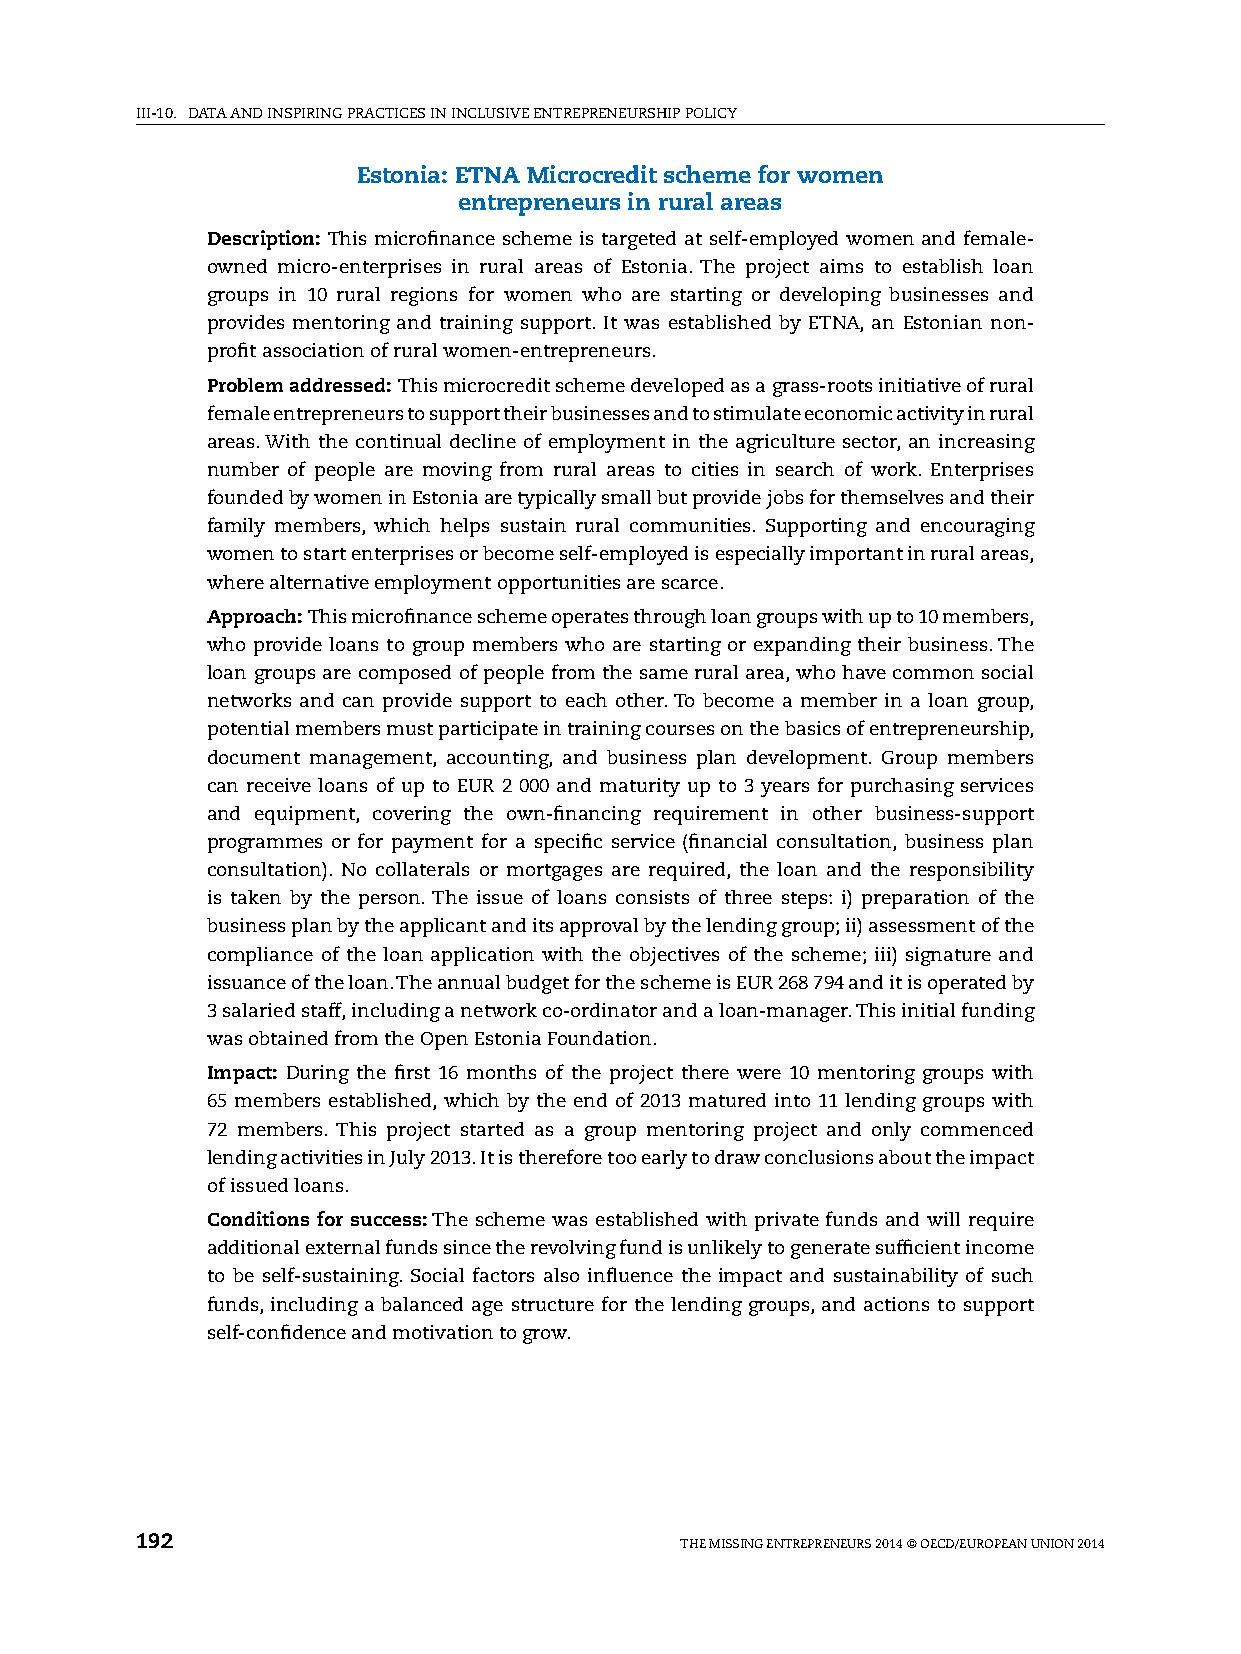
iii-10. DATA AnD inspiring prACTiCes in inClusive enTrepreneurship pOliCy
 Estonia: ETNA Microcredit scheme for women
 entrepreneurs in rural areas
 Description: This microfinance scheme is targeted at self-employed women and female-
 owned micro-enterprises in rural areas of estonia. The project aims to establish loan
 groups in 10 rural regions for women who are starting or developing businesses and
 provides mentoring and training support. it was established by eTnA, an estonian non-
 profit association of rural women-entrepreneurs.
 Problem addressed: This microcredit scheme developed as a grass-roots initiative of rural
 female entrepreneurs to support their businesses and to stimulate economic activity in rural
 areas. With the continual decline of employment in the agriculture sector, an increasing
 number of people are moving from rural areas to cities in search of work. enterprises
 founded by women in estonia are typically small but provide jobs for themselves and their
 family members, which helps sustain rural communities. supporting and encouraging
 women to start enterprises or become self-employed is especially important in rural areas,
 where alternative employment opportunities are scarce.
 Approach: This microfinance scheme operates through loan groups with up to 10 members,
 who provide loans to group members who are starting or expanding their business. The
 loan groups are composed of people from the same rural area, who have common social
 networks and can provide support to each other. To become a member in a loan group,
 potential members must participate in training courses on the basics of entrepreneurship,
 document management, accounting, and business plan development. group members
 can receive loans of up to eur 2 000 and maturity up to 3 years for purchasing services
 and equipment, covering the own-financing requirement in other business-support
 programmes or for payment for a specific service (financial consultation, business plan
 consultation). no collaterals or mortgages are required, the loan and the responsibility
 is taken by the person. The issue of loans consists of three steps: i) preparation of the
 business plan by the applicant and its approval by the lending group; ii) assessment of the
 compliance of the loan application with the objectives of the scheme; iii) signature and
 issuance of the loan. The annual budget for the scheme is eur 268 794 and it is operated by
 3 salaried staff, including a network co-ordinator and a loan-manager. This initial funding
 was obtained from the Open estonia Foundation.
 Impact: During the first 16 months of the project there were 10 mentoring groups with
 65 members established, which by the end of 2013 matured into 11 lending groups with
 72 members. This project started as a group mentoring project and only commenced
 lending activities in July 2013. it is therefore too early to draw conclusions about the impact
 of issued loans.
 Conditions for success: The scheme was established with private funds and will require
 additional external funds since the revolving fund is unlikely to generate sufficient income
 to be self-sustaining. social factors also influence the impact and sustainability of such
 funds, including a balanced age structure for the lending groups, and actions to support
 self-confidence and motivation to grow.
 192                                 The Missing enTrepreneurs 2014 © OeCD/eurOpeAn uniOn 2014